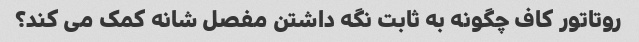
روتاتور کاف چگونه به ثابت نگه داشتن مفصل شانه کمک می کند؟